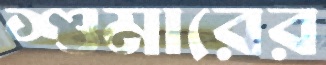
শুমারের